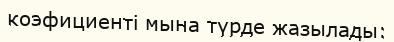
коэфициенті мына түрде жазылады: